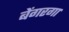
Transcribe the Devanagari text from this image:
बेंगरगा